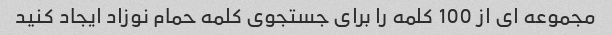
مجموعه ای از 100 کلمه را برای جستجوی کلمه حمام نوزاد ایجاد کنید